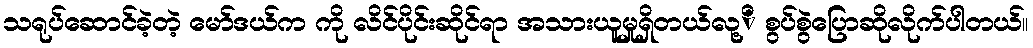
သရုပ်ဆောင်ခဲ့တဲ့ မော်ဒယ်က ကို လိင်ပိုင်းဆိုင်ရာ အသားယူမှုရှိတယ်လု့ိ စွပ်စွဲပြောဆိုလိုက်ပါတယ်။